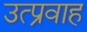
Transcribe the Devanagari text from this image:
उत्प्रवाह